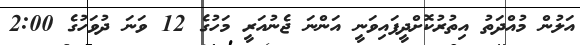
އަލުން މުއްދަތު އިތުރުކޮށްދީފައިވަނީ އަންނަ ޖެނުއަރީ މަހުގެ 12 ވަނަ ދުވަހުގެ 2:00